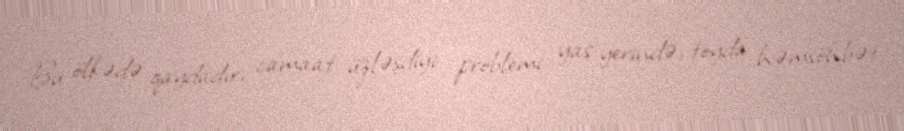
Bu ölkədə qaydadır, camaat üzləşdiyi problemi yas yerində, toyda həmsöhbət